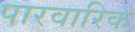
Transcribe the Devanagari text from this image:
पारवारिक